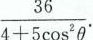
$$\frac{36}{4+5 \cos ^{2}\theta}.$$